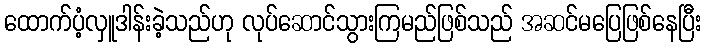
ထောက်ပံ့လှူဒါန်းခဲ့သည်ဟု လုပ်ဆောင်သွားကြမည်ဖြစ်သည် အဆင်မပြေဖြစ်နေပြီး